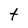
Character: t